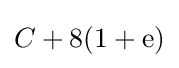
C+8(1+\mathrm {e} )